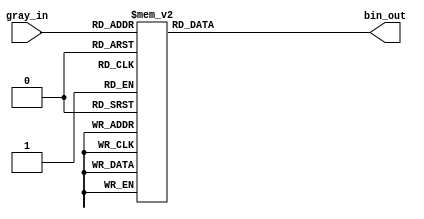
// This program was cloned from: https://github.com/chipsalliance/aib-phy-hardware
// License: Apache License 2.0

// SPDX-License-Identifier: Apache-2.0
// Copyright (C) 2019 Intel Corporation. 
module altr_hps_gray2bin (
	 gray_in,
	 bin_out
);
input  [2:0] gray_in;
output [2:0] bin_out;
reg    [2:0] bin_out;

always @(*) 
begin // gray to binary converting
	 case(gray_in)
		  3'b000: bin_out = 3'b000;
		  3'b001: bin_out = 3'b001;
		  3'b011: bin_out = 3'b010;
		  3'b010: bin_out = 3'b011;
		  3'b110: bin_out = 3'b100;
		  3'b111: bin_out = 3'b101;
		  3'b101: bin_out = 3'b110;
		  3'b100: bin_out = 3'b111;
		  default:bin_out = 3'b000;
	 endcase
end
endmodule